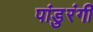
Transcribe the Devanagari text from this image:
पांडुरंगीं